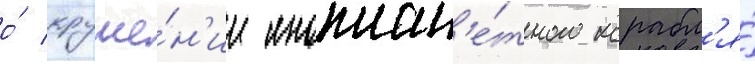
о́ круше́н'ии иноплан'е́тного корабл'я́